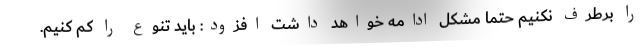
را برطرف نکنیم حتما مشکل ادامه خواهد داشت افزود: باید تنوع را کم کنیم.